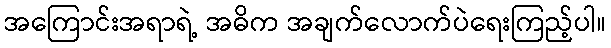
အကြောင်းအရာရဲ့ အဓိက အချက်လောက်ပဲရေးကြည့်ပါ။